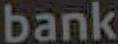
bank